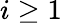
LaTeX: i\geq 1